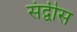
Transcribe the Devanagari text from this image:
संद्वीस